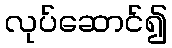
လုပ်ဆောင်၍